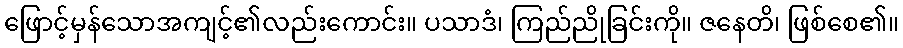
ဖြောင့်မှန်သောအကျင့်၏လည်းကောင်း။ ပသာဒံ၊ ကြည်ညိုခြင်းကို။ ဇနေတိ၊ ဖြစ်စေ၏။